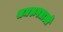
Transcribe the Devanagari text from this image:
समरूपताओं